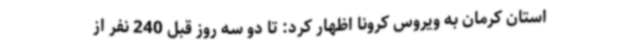
استان کرمان به ویروس کرونا اظهار کرد: تا دو سه روز قبل 240 نفر از